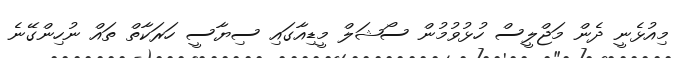
މިއުޅެނީ ދެން މަޖްލީސް ހުޅުވުމުން ސޯޝަލް މީޑިއާގައި ސިޔާސީ ހަރަކާތް ތައް ނުހިންގޭނެ